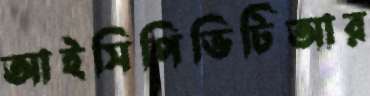
আইসিপিভিটিআর